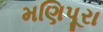
મણિપૂરા